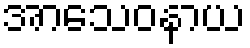
အာသေဝနာယ